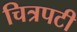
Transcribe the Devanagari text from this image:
चित्रपटी